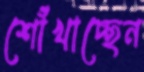
শোঁখাচ্ছেন